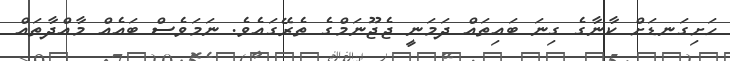
ހަށިގަނޑަށް ކާނާގެ ގިނަ ބައިތައް ދަމަނީ ޖެޖޫނަމްގެ ތެރޭގައެވެ. ނަމަވެސް ބައެއް މާއްދާތައް